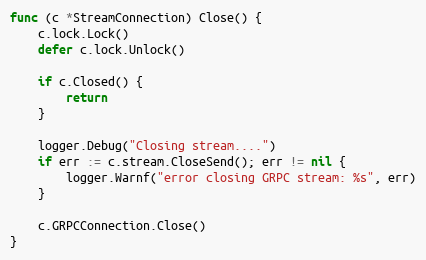
Language: Go
func (c *StreamConnection) Close() {
	c.lock.Lock()
	defer c.lock.Unlock()

	if c.Closed() {
		return
	}

	logger.Debug("Closing stream....")
	if err := c.stream.CloseSend(); err != nil {
		logger.Warnf("error closing GRPC stream: %s", err)
	}

	c.GRPCConnection.Close()
}